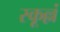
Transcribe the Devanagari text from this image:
स्कूल्लं